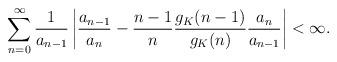
LaTeX: \begin{align*} \sum_{n=0}^\infty \frac{1}{a_{n-1}} \left| \frac{a_{n-1}}{a_n} - \frac{n-1}{n} \frac{g_K(n-1)}{g_K(n)} \frac{a_n}{a_{n-1}} \right| < \infty.\end{align*}